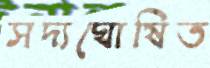
সদ্যঘোষিত